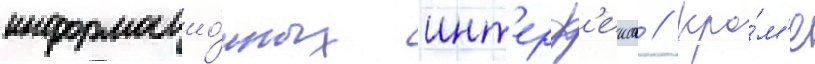
информацио́нных инт'ерф'еисов // Кро́м'е